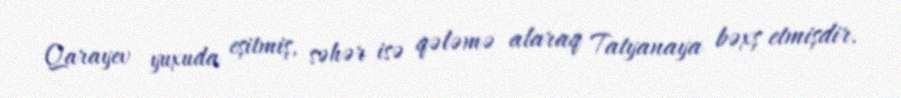
Qarayev yuxuda eşitmiş, səhər isə qələmə alaraq Tatyanaya bəxş etmişdir.